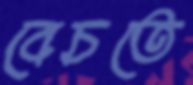
বেচতে